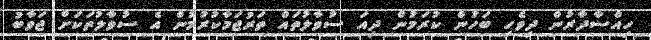
ހިއްސާދާރުން ދިވެހި ބަހުން ކުރަމުން ދިއަ ސުވާލުތައް ތަރުޖަމާކުރުމުން އެ ސުވާލުތަކަށް ޖަވާބު